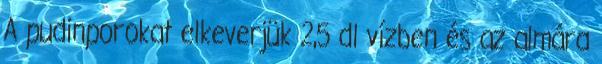
A pudinporokat elkeverjük 2,5 dl vízben és az almára